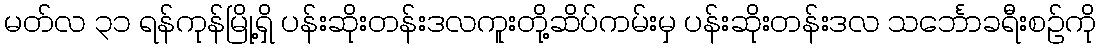
မတ်လ ၃၁ ရန်ကုန်မြို့ရှိ ပန်းဆိုးတန်းဒလကူးတို့ဆိပ်ကမ်းမှ ပန်းဆိုးတန်းဒလ သင်္ဘောခရီးစဉ်ကို